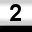
Digit: 2